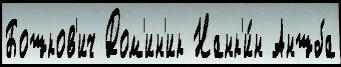
Бошков'ич Дом'ин'ик Нанк'и́н Аншба